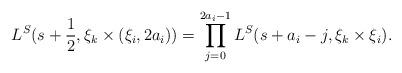
LaTeX: \begin{align*}L^S(s+\frac{1}{2},\xi_k\times(\xi_i,2a_i))=\prod_{j=0}^{2a_i-1}L^S(s+a_i-j,\xi_k\times\xi_i).\end{align*}